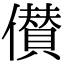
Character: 儧